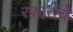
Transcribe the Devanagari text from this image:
रफाराचे